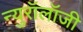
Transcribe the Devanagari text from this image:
न्युरॉलॉजी